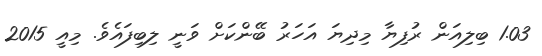
1.03 ބިލިއަން ރުފިޔާ މިދިޔަ އަހަރު ބޭންކަށް ވަނީ ލިބިފައެވެ. މިއީ 2015